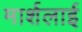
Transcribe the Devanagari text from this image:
मार्शलाई